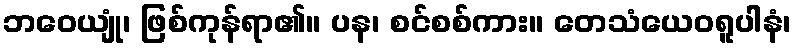
ဘဝေယျုံ၊ ဖြစ်ကုန်ရာ၏။ ပန၊ စင်စစ်ကား။ တေသံယေဝရူပါနံ၊